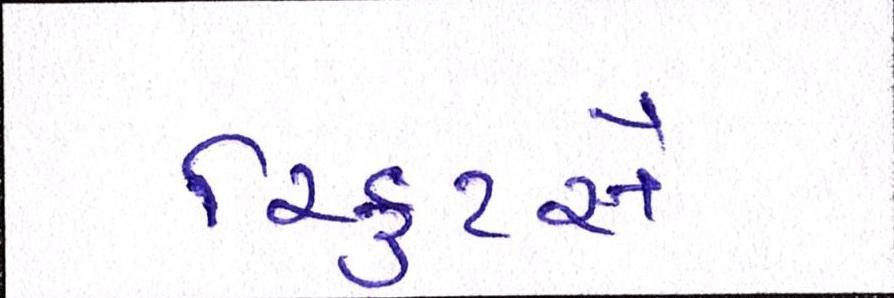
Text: રિક્રુટર્સે